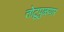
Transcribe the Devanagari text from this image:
तोटुपुऴयार